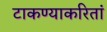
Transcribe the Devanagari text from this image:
टाकण्याकरितां